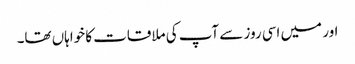
اور میں اسی روز سے آپ کی ملاقات کا خواہاں تھا۔